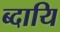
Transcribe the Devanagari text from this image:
ब्दायि